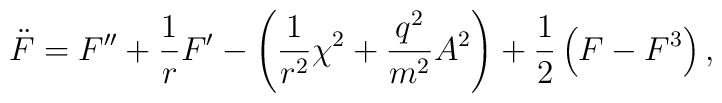
\ddot{F}=F^{\prime \prime }+\frac{1}{r}F^{\prime }-\left( \frac{1}{r^{2}}\chi ^{2}+\frac{q^{2}}{m^{2}}A^{2}\right) +\frac{1}{2}\left( F-F^{3}\right) ,